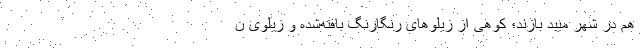
هم در شهر میبد بازند؛ کوهی از زیلوهای رنگارنگ بافته‌شده و زیلوی ن